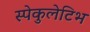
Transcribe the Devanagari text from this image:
स्पेकुलेटिभ